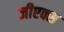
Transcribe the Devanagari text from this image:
जीएक्स